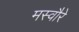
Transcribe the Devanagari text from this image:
मस्वौरे